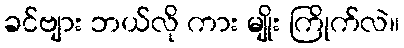
ခင်ဗျား ဘယ်လို ကား မျိုး ကြိုက်လဲ။